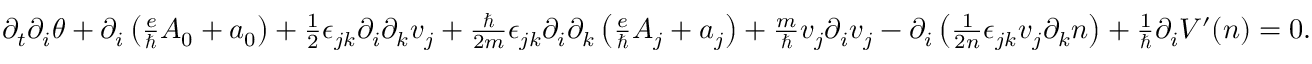
\begin{array} { r } { \partial _ { t } \partial _ { i } \theta + \partial _ { i } \left( \frac { e } { \hbar } A _ { 0 } + a _ { 0 } \right) + \frac { 1 } { 2 } \epsilon _ { j k } \partial _ { i } \partial _ { k } v _ { j } + \frac { \hbar } { 2 m } \epsilon _ { j k } \partial _ { i } \partial _ { k } \left( \frac { e } { \hbar } A _ { j } + a _ { j } \right) + \frac { m } { \hbar } v _ { j } \partial _ { i } v _ { j } - \partial _ { i } \left( \frac { 1 } { 2 n } \epsilon _ { j k } v _ { j } \partial _ { k } n \right) + \frac { 1 } { \hbar } \partial _ { i } V ^ { \prime } ( n ) = 0 . } \end{array}